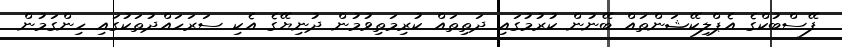
ފޭސްބުކްގެ އެޕްލިކޭޝަންތައް ބޭނުން ކުރުމުގައި ދަތިތައް ކުރިމަތިވުމުން ދުނިޔޭގެ އެކި ސަރަހައްދުތަކުގައި ހިންގަމުން